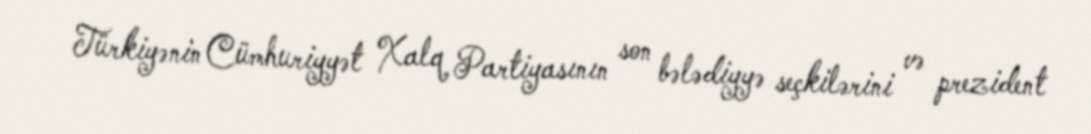
Türkiyənin Cümhuriyyət Xalq Partiyasının son bələdiyyə seçkilərini və prezident